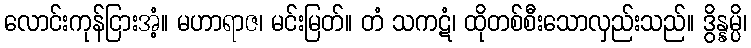
လောင်းကုန်ငြားအံ့။ မဟာရာဇ၊ မင်းမြတ်။ တံ သကဋံ၊ ထိုတစ်စီးသောလှည်းသည်။ ဒွိန္နမ္ပိ၊